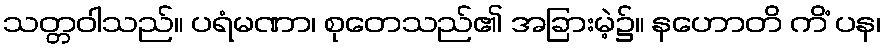
သတ္တဝါသည်။ ပရံမဏာ၊ စုတေသည်၏ အခြားမဲ့၌။ နဟောတိ ကိံ ပန၊